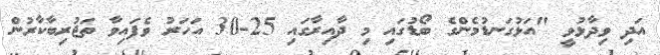
އަދި ވިދާޅުވީ "އަޅުގަނޑުމެންގެ ބޯޑުގައި މި ދާއިރާގައި 25-30 އަހަރު ވެފައިވާ ތަޖުރިބާކާރުން